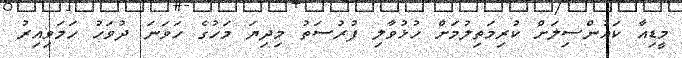
މީޑިއާ ކައުންސިލަށް ކުރިމަތިލުމަށް ހުޅުވާލި ފުރުސަތު މިދިޔަ މަހުގެ ހަވަނަ ދުވަހު ހަމަވިއިރު